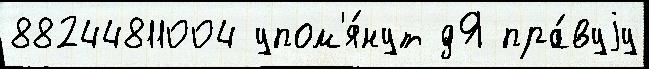
88244811004 упом'я́нут дЯ пра́вуjу